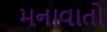
મનાવાતો